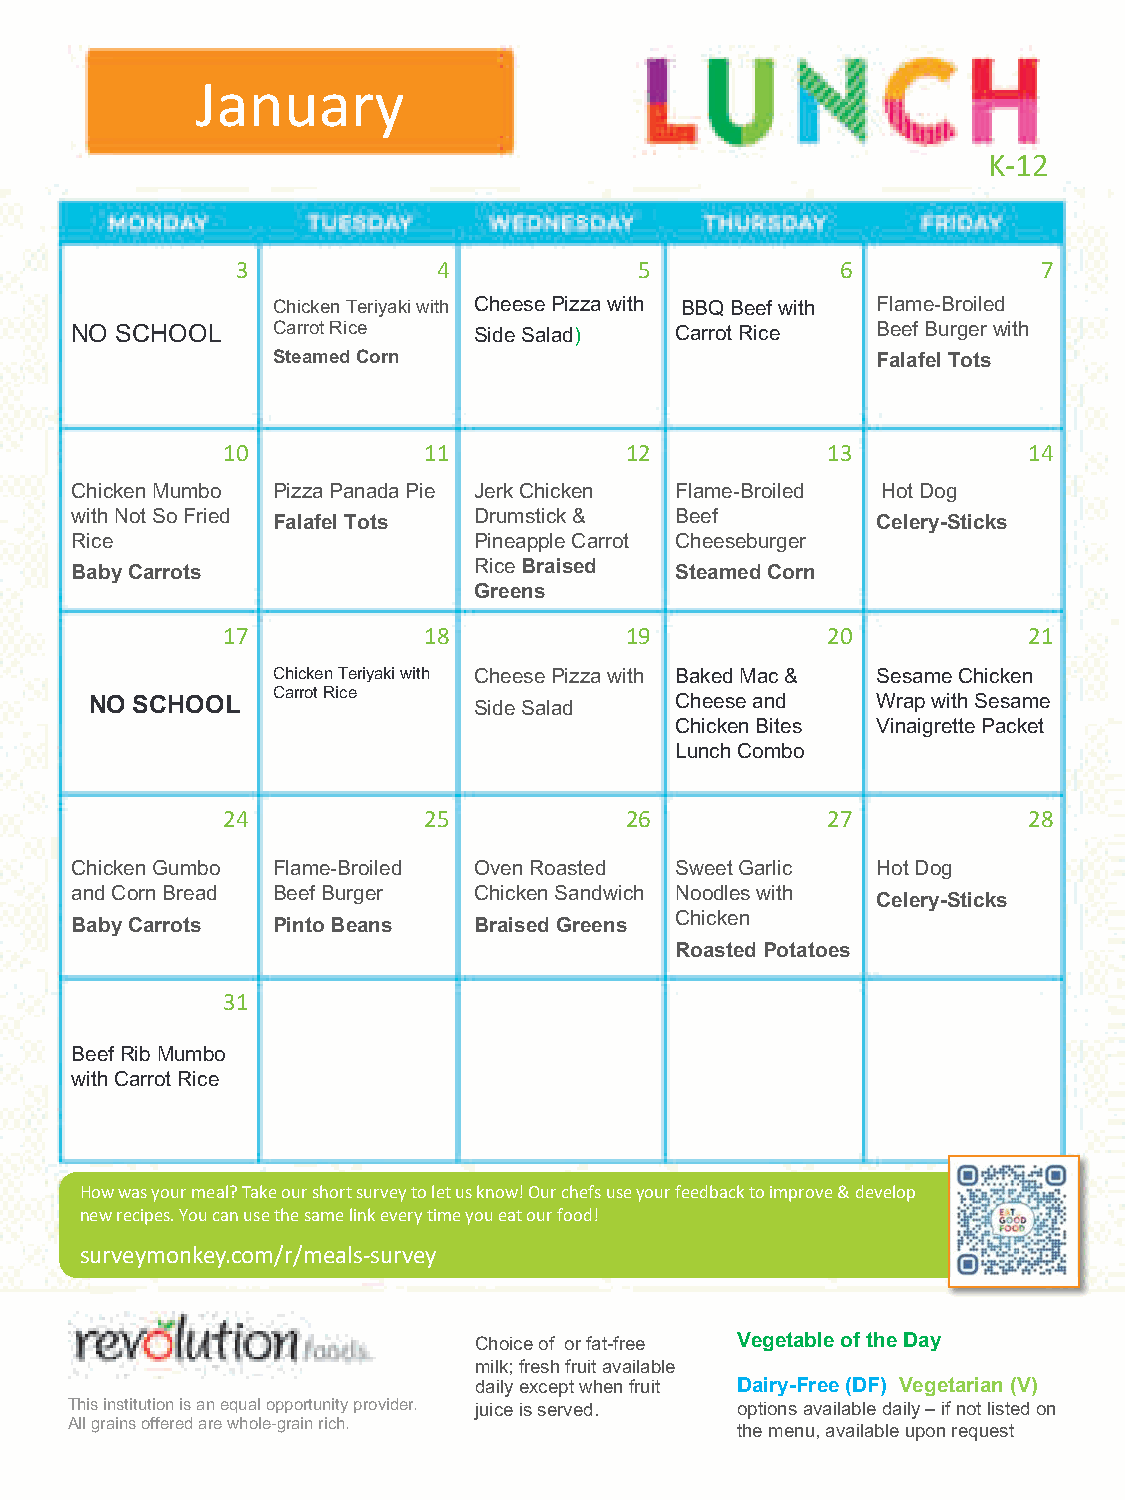
January
 K-12
 3            4            5             6            7
 Chicken Teriyaki with Cheese Pizza with BBQ Beef with Flame-Broiled
 NO SCHOOL    Carrot Rice  Side Salad)   Carrot Rice  Beef Burger with
 Steamed Corn                            Falafel Tots
 10           11           12            13           14
 Chicken Mumbo Pizza Panada Pie Jerk Chicken Flame-Broiled Hot Dog
 with Not So Fried         Drumstick &   Beef
 Falafel Tots                            Celery-Sticks
 Rice                      Pineapple Carrot Cheeseburger
 Rice Braised
 Baby Carrots                            Steamed Corn
 Greens
 17           18           19            20           21
 Chicken Teriyaki with Cheese Pizza with Baked Mac & Sesame Chicken
 Carrot Rice
 NO SCHOOL                Side Salad    Cheese and   Wrap with Sesame
 Chicken Bites Vinaigrette Packet
 Lunch Combo
 24           25           26            27           28
 Chicken Gumbo Flame-Broiled Oven Roasted Sweet Garlic Hot Dog
 and Corn Bread Beef Burger Chicken Sandwich Noodles with
 Celery-Sticks
 Chicken
 Baby Carrots Pinto Beans  Braised Greens
 Roasted Potatoes
 31
 Beef Rib Mumbo
 with Carrot Rice
 How was your meal? Take our short survey to let us know! Our chefs use your feedback to improve & develop
 new recipes. You can use the same link every time you eat our food!
 surveymonkey.com/r/meals-survey
 Choice of or fat-free Vegetable of the Day
 milk; fresh fruit available
 daily except when fruit Dairy-Free (DF) Vegetarian (V)
 This institution is an equal opportunity provider. juice is served. options available daily –if not listed on
 All grains offered are whole-grain rich.
 the menu, available upon request